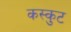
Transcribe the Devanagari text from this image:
कस्कुट